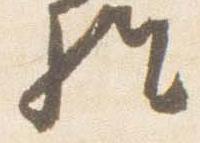
経